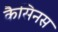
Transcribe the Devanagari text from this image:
कैसिनस